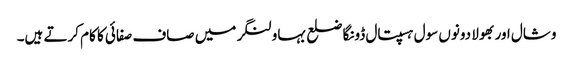
وشال اور بھولا دونوں سول ہسپتال ڈونگا ضلع بہاولنگر میں صاف صفائی کا کام کرتے ہیں۔